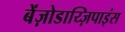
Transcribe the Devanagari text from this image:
बेंज़ोडाय्ज़िपाइंस